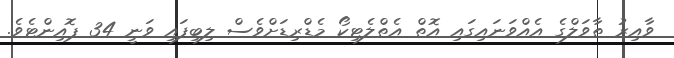
ވާއިރު ތާވަލްގެ އެއްވަނައިގައި އޮތް އެތްލެޓިކޯ މެޑްރިޑަށްވެސް ލިބިފައި ވަނީ 34 ޕޮއިންޓެވެ.